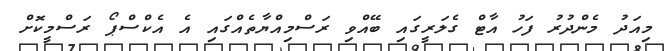
މިއަދު މެންދުރު ފަހު އާޓް ގެލަރީގައި ބޭއްވި ރަސްމިއްޔާތެއްގައި އެ އެކްސްޕޯ ރަސްމީކޮށް